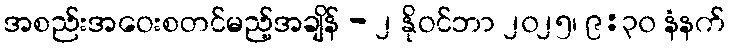
အစည်းအဝေးစတင်မည့်အချိန် - ၂ နိုဝင်ဘာ ၂၀၂၅၊ ၉:၃၀ နံနက်